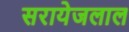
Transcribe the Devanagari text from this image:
सरायेजलाल